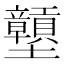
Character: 𡔕